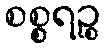
စစ္စရဉ္စ